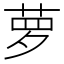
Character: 萝